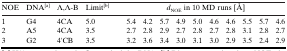
| NOE | DNA[a] | Λ,Λ-B | Limit[b] | <COLSPAN=10> dNOE in 10 MD runs [Å] |
 | --- | --- | --- | --- | --- | --- | --- | --- | --- | --- | --- | --- | --- | --- |
 | 1 | G4 | 4CA | 5.0 | 5.4 | 4.2 | 5.7 | 4.9 | 5.0 | 4.6 | 4.6 | 5.5 | 5.7 | 4.6 |
 | 2 | A5 | 4CA | 3.5 | 2.7 | 2.8 | 2.9 | 2.7 | 2.8 | 2.7 | 2.8 | 3.1 | 2.8 | 2.7 |
 | 3 | G2 | 4′CB | 3.5 | 3.2 | 3.6 | 3.4 | 3.0 | 3.1 | 3.0 | 2.9 | 3.5 | 2.4 | 2.9 |